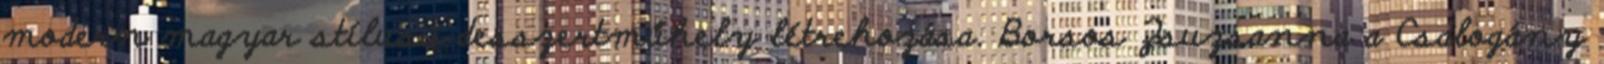
modern magyar stílusú desszertműhely létrehozása. Borsos Zsuzsanna a Csalogány